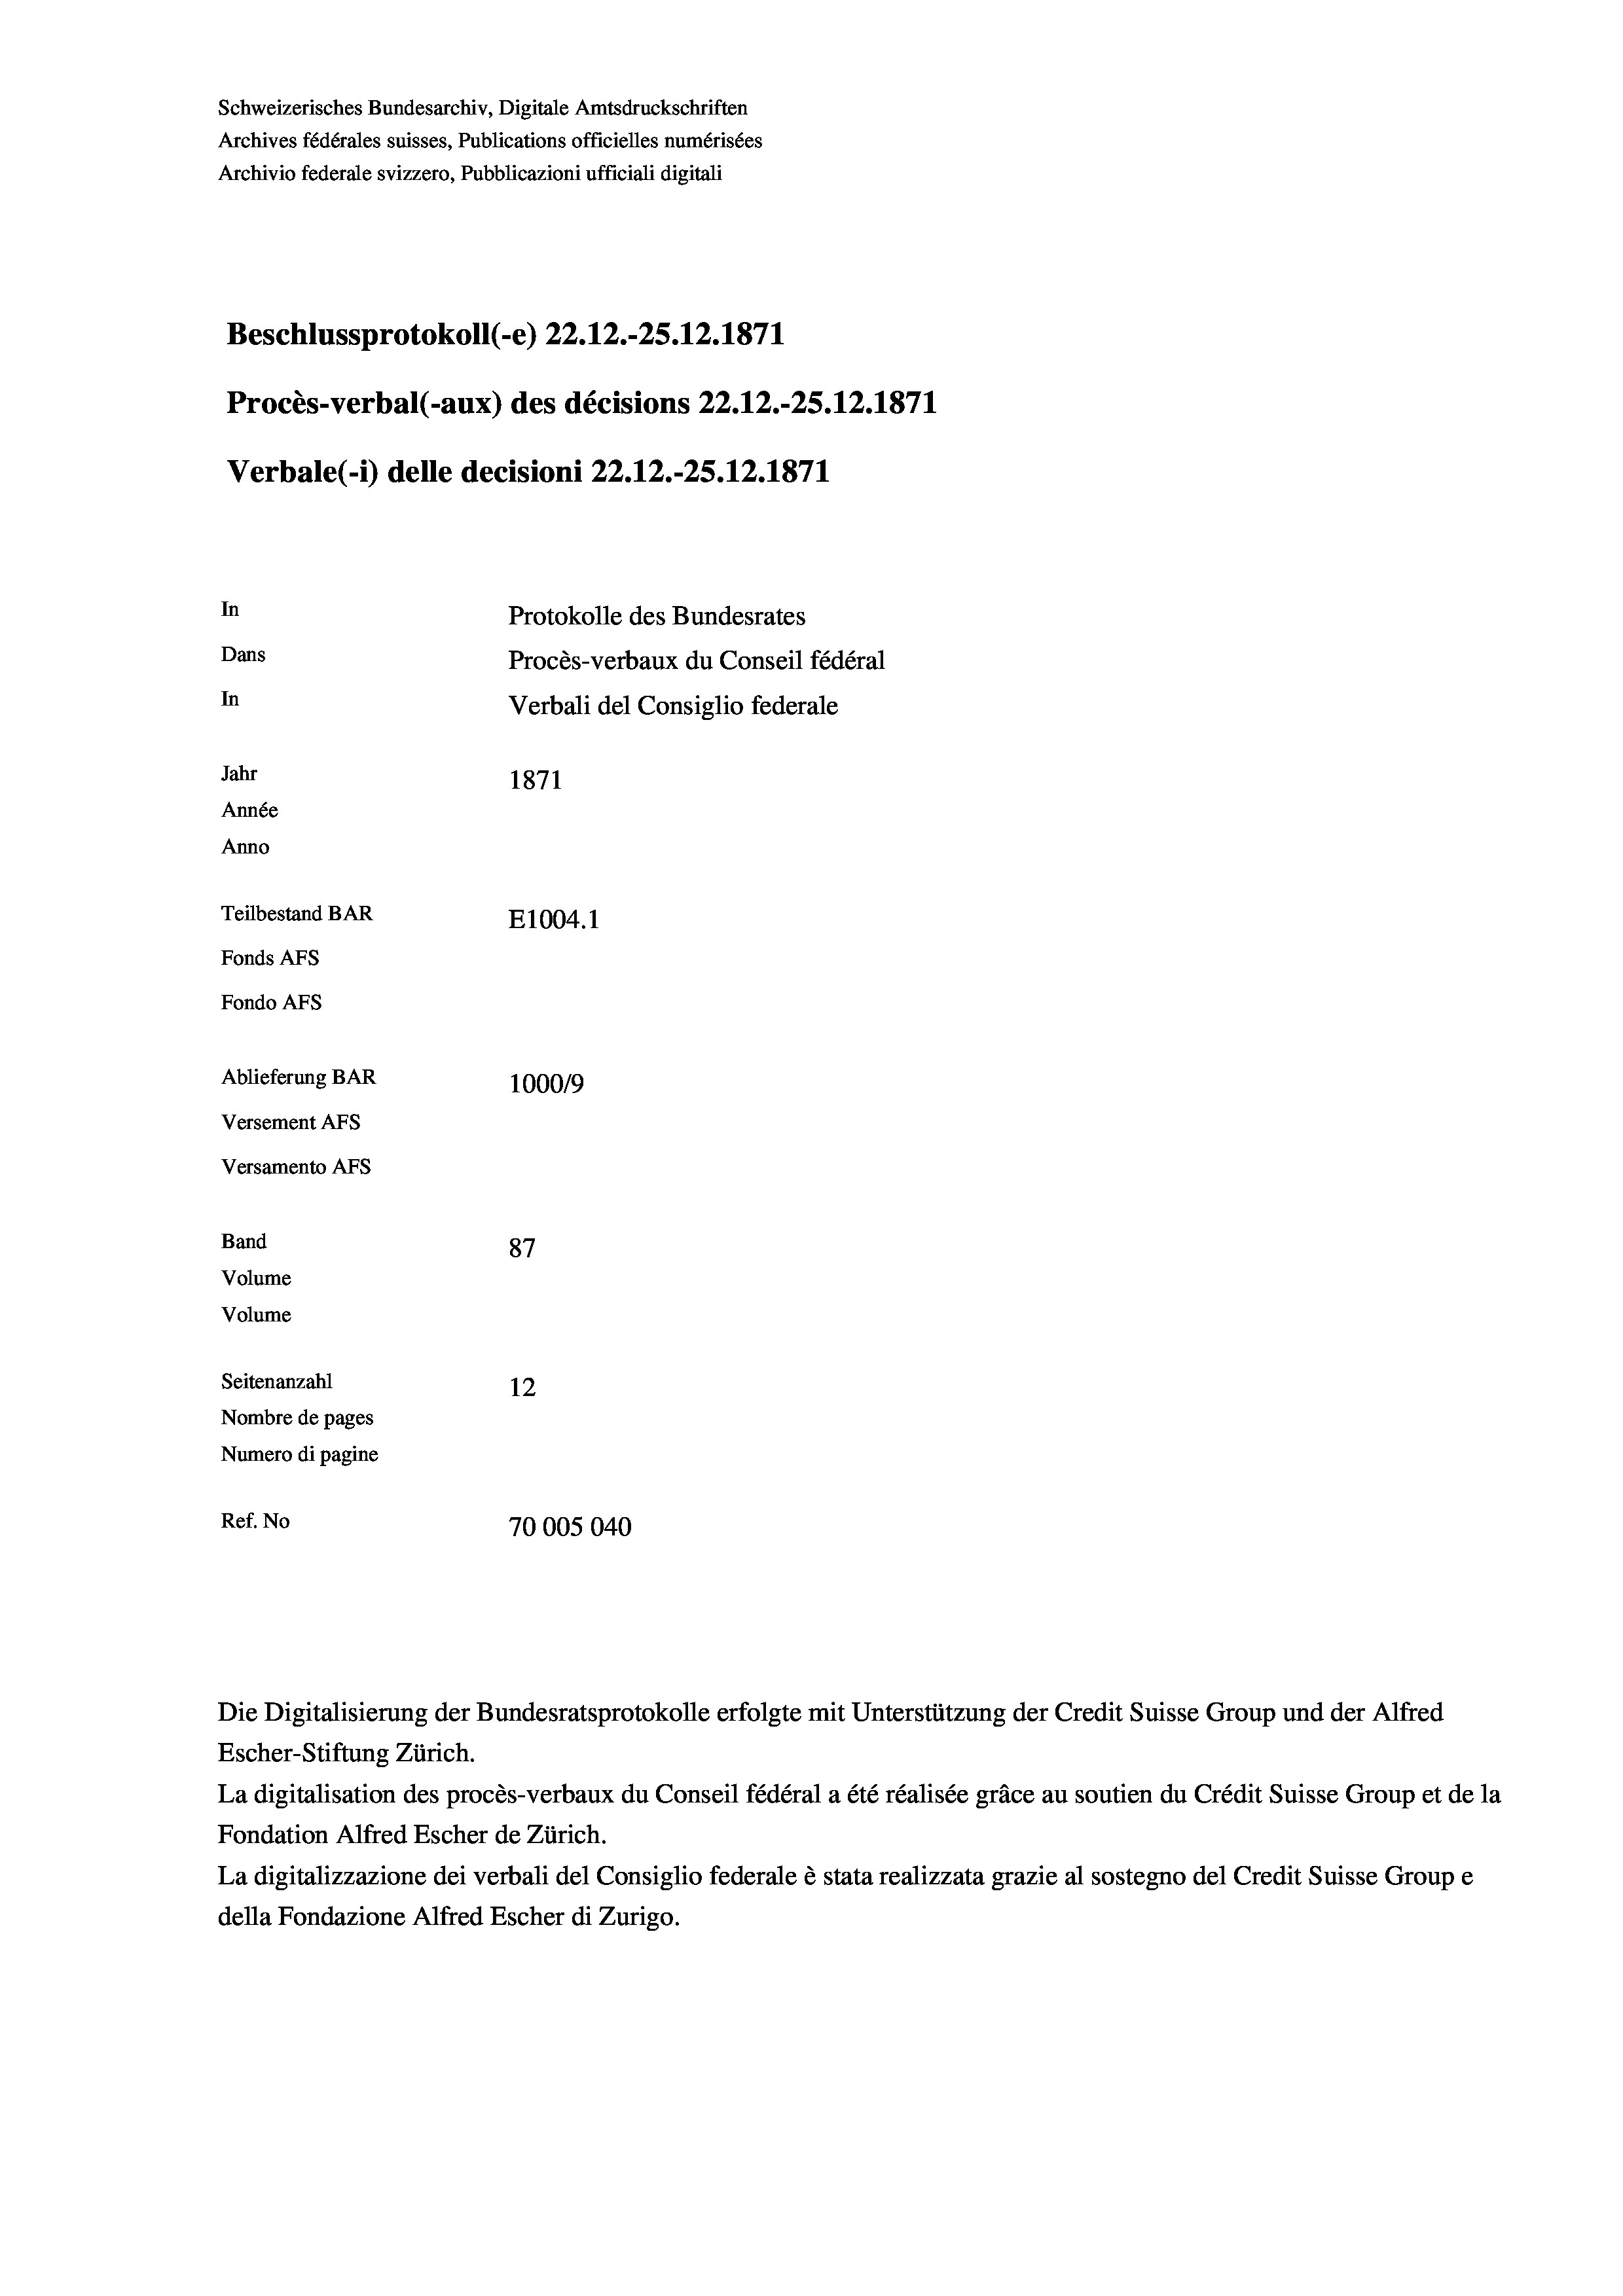
Schweizerisches Bundesarchiv, Digitale Amtsdruckschriften
Archives fédérales suisses, Publications officielles numérisées
Archivio federale svizzero, Pubblicazioni ufficiali digitali
Beschlussprotokoll (-e) 22.12.-25. 12. 1871
Procès-verbal (-aux) des décisions 22.12.-25.12.1871
Verbale (1) delle decisioni 22.12.-25. 12. 1871
In
Protokolle des Bundesrates
Dans
Procès-verbaux du Conseil fédéral
In
Verbali del Consiglio federale
Jahr
1871
Année
Anno
Teilbestand BAR
E1004.1
Fonds Afs
Fondo AFs
Ablieferung BAR
1000/9
Versement Abs
Versamento Afs

Band
Volume
Volume

87
Seitenanzahl
12
Nombre de pages
Numero di pagine
Ref. No
70005040

Die Digitalisierung der Bundesratsprotokolle erfolgte mit Unterstützung der Credit Suisse Group und der Alfred
Escher-Stiftung Zürich.
La digitalisation des procès-verbaux du Conseil fédéral a été réalisée gräce au soutien du Crédit Suisse Group et de la
Fondation Alfred Escher de Zürich.
La digitalizzazione dei verbali del Consiglio federale è stata realizzata grazie al sostegno del Credit Suisse Groupe
della Fondazione Alfred Escher di Zurigo.